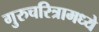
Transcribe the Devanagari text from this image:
गुरुचरित्रामध्ये